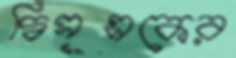
দ্বিসূত্রকের